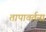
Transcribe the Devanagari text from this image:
तापावर्तना